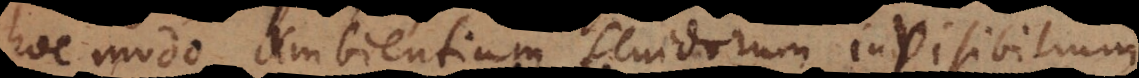
hoc modo ambientium fluidorum invisibilium